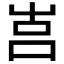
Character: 𡴗